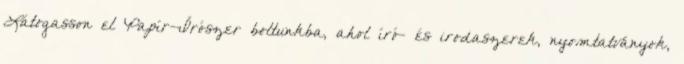
Látogasson el Papír-Írószer boltunkba, ahol író- és irodaszerek, nyomtatványok,